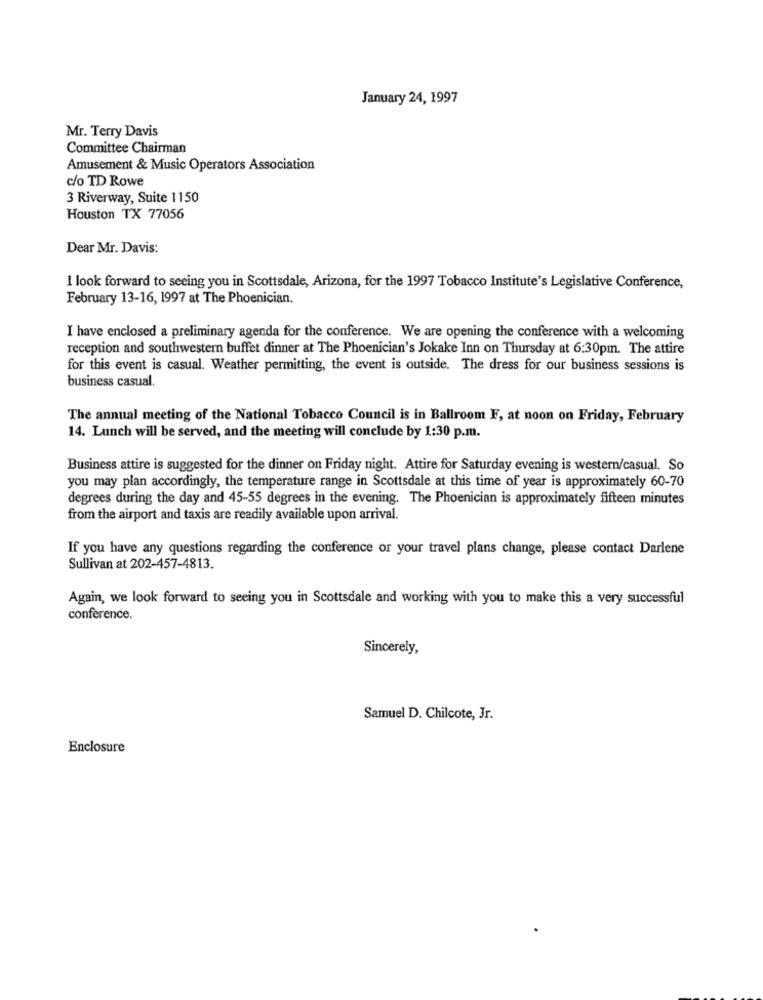
January 24, 1997
Mr. Terry Davis
Committee Chairman
Amusement & Music Operators Association
c/o TD Rowe
3 Riverway, Suite 1150
Houston TX 77056
Dear Mr. Davis:
I look forward to seeing you in Scottsdale, Arizona, for the 1997 Tobacco Institute's Legislative Conference,
February 13-16, 1997 at The Phoenician,
I have enclosed a preliminary agenda for the conference. We are opening the conference with a welcoming
reception and southwestern buffet dinner at The Phoenician's Jokake Inn on Thursday at 6:30pm. The attire
for this event is casual. Weather permitting, the event is outside. The dress for our business sessions is
business casual.
The annual meeting of the National Tobacco Council is in Ballroom F, at noon on Friday, February
14. Lunch will be served, and the meeting will conclude by 1:30 p.m.
Business attire is suggested for the dinner on Friday night. Attire for Saturday evening is western/casual. So
you may plan accordingly, the temperature range in Scottsdale at this time of year is approximately 60-70
degrees during the day and 45-55 degrees in the evening. The Phoenician is approximately fifteen minutes
from the airport and taxis are readily available upon arrival.
If you have any questions regarding the conference or your travel plans change, please contact Darlene
Sullivan at 202-457-4813.
Again, we look forward to seeing you in Scottsdale and working with you to make this a very successful
conference.
Sincerely,
Samuel D. Chilcote, Jr.
Enclosure